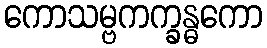
ကောသမ္ဗကက္ခန္ဓကော